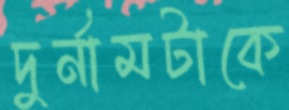
দুর্নামটাকে